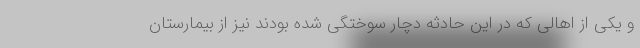
و یکی از اهالی که در این حادثه دچار سوختگی شده بودند نیز از بیمارستان